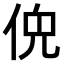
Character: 𫢤